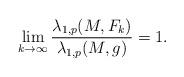
LaTeX: \begin{align*} \lim_{k\rightarrow \infty} \frac{\lambda_{1,p}(M,F_k)}{\lambda_{1,p}(M,g)} = 1.\end{align*}